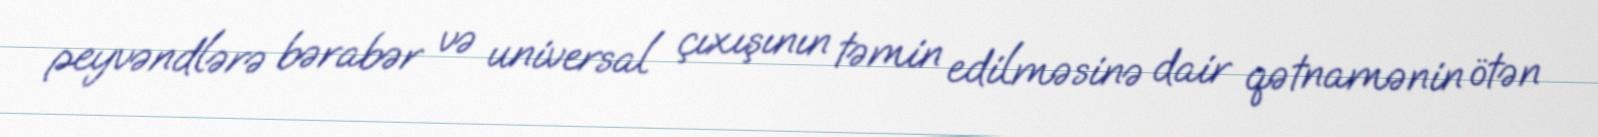
peyvəndlərə bərabər və universal çıxışının təmin edilməsinə dair qətnamənin ötən